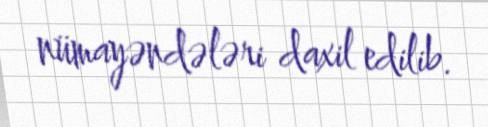
nümayəndələri daxil edilib.